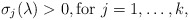
\begin{align*} \sigma_j(\lambda) >{} 0, \textrm{for } j=1, \ldots, k,\end{align*}